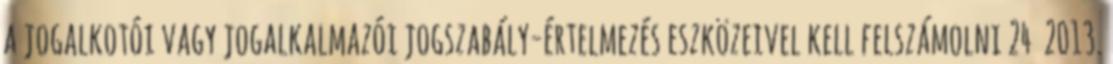
a jogalkotói vagy jogalkalmazói jogszabály-értelmezés eszközeivel kell felszámolni 24 2013.